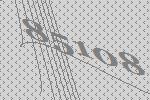
85108